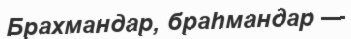
Брахмандар, браһмандар —